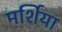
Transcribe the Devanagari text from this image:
मर्शिया